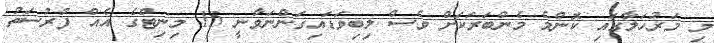
މި މަރުހަލާގައި ކޮންމެ މެންބަރަކަށް ވެސް ލިބިވަޑައިގަންނަވާނީ 15 މިނިޓްގެ އެެއް ފުރުސަތު